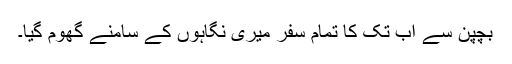
بچپن سے اب تک کا تمام سفر میری نگاہوں کے سامنے گھوم گیا۔